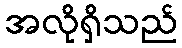
အလိုရှိသည်